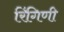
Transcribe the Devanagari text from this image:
रिंगिणी